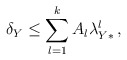
\begin{align*}\delta_Y& \leq \sum_{l=1}^k A_l \lambda_{Y*}^l\,,\end{align*}